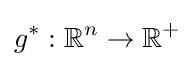
g^{*}:\mathbb {R} ^{n}\to \mathbb {R} ^{+}